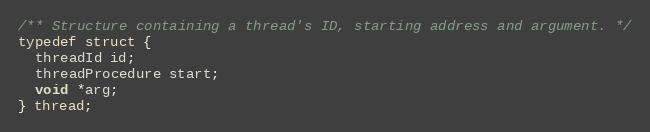
Language: C
/** Structure containing a thread's ID, starting address and argument. */
typedef struct {
  threadId id;
  threadProcedure start;
  void *arg;
} thread;